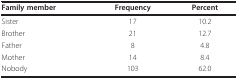
| Family member | Frequency | Percent |
 | --- | --- | --- |
 | Sister | 17 | 10.2 |
 | Brother | 21 | 12.7 |
 | Father | 8 | 4.8 |
 | Mother | 14 | 8.4 |
 | Nobody | 103 | 62.0 |